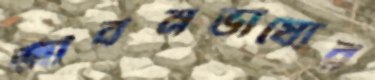
জীবনভাষ্যের